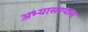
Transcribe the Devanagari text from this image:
अभ्यासण्यास